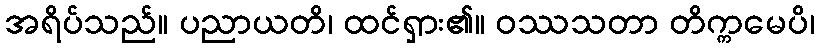
အရိပ်သည်။ ပညာယတိ၊ ထင်ရှား၏။ ဝဿသတာ တိက္ကမေပိ၊